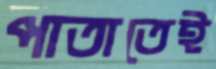
পাতাতেই